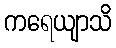
ကရေယျာသိ